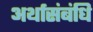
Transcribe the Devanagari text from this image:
अर्थासंबंधि